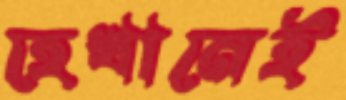
হেখানেই